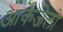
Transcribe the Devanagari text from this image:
आर्केंजेलो